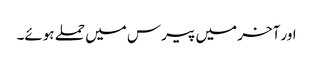
اور آخر میں پیرس میں حملے ہوئے۔